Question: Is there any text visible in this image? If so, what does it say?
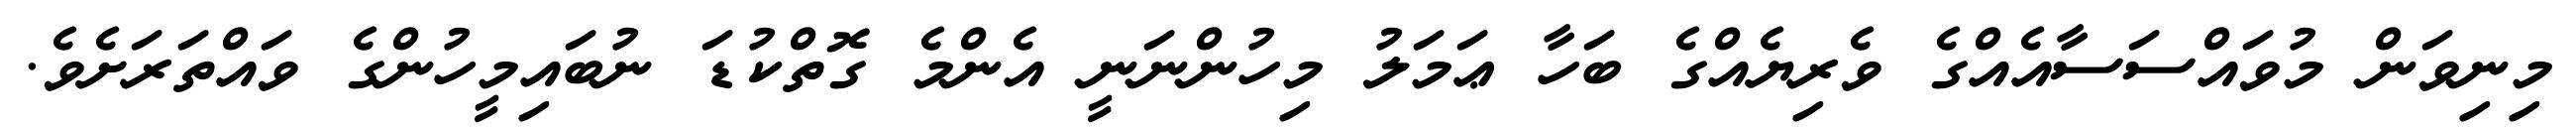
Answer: މިނިވަން މުވައްސަސާއެއްގެ ވެރިޔެއްގެ ބަހާ ޢަމަލު މިހުންނަނީ އެންމެ ގޮތްކުޑަ ނުބައިމީހުންގެ ވައްތަރަށެވެ.